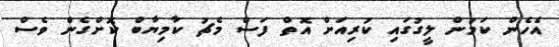
އެހެން ކަމުން ލީގުގައި ކުރިއަށް އޮތް ފަސް މެޗު ކާމިޔާބް ކޮށްގެން ވެސް